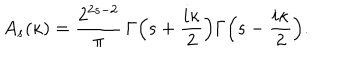
A _ { s } ( \kappa ) = \frac { 2 ^ { 2 s - 2 } } { \pi } \, \Gamma \Bigl ( s + \frac { i \kappa } { 2 } \Bigr ) \Gamma \Bigl ( s - \frac { i \kappa } { 2 } \Bigr ) .